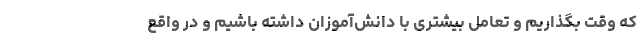
که وقت بگذاریم و تعامل بیشتری با دانش‌آموزان داشته باشیم و در واقع